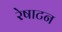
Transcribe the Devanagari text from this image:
रेषाटन